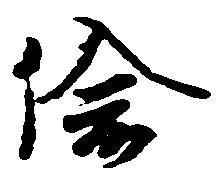
偸